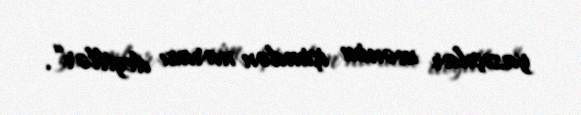
yazıçılar mənim işimdən narazı deyillər“.